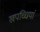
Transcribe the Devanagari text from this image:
खपच्चियां